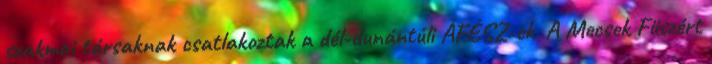
szakmai társaknak csatlakoztak a dél-dunántúli ÁFÉSZ-ek. A Mecsek Füszért